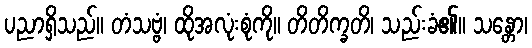
ပညာရှိသည်။ တံသဗ္ဗံ၊ ထိုအလုံးစုံကို။ တိတိက္ခတိ၊ သည်းခံ၏။ သန္တော၊